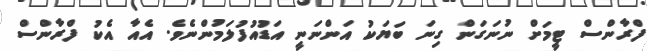
ފްރާންސް ޓީމަށް ނުނަގަން ގިނަ ބަޔަކު އަންނަނީ އަޑުއުފުލަމުންނެވެ. އެއާ އެކު ފްރާންސް